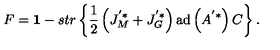
F = { { \bf 1 } } - s t r \left\{ \frac { 1 } { 2 } \left( J _ { M } ^ { ' * } + J _ { G } ^ { ' * } \right) \mathrm { a d } \left( A ^ { ' * } \right) C \right\} .